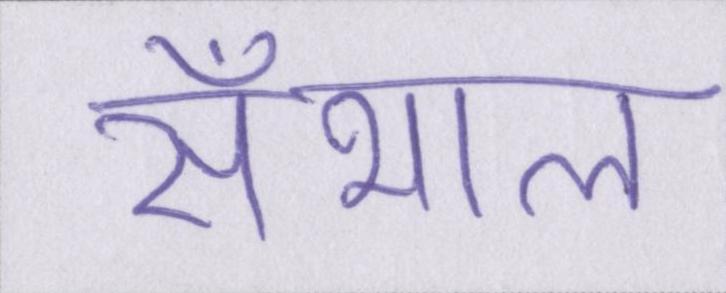
सँभाल